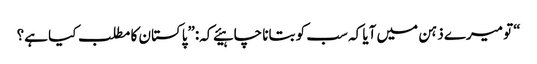
“تو میرے ذہن میں آیا کہ سب کو بتانا چاہیئے کہ:”پاکستان کا مطلب کیا ہے؟